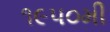
૧૯૫૦મી